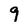
Character: 9